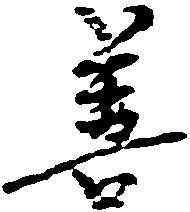
善